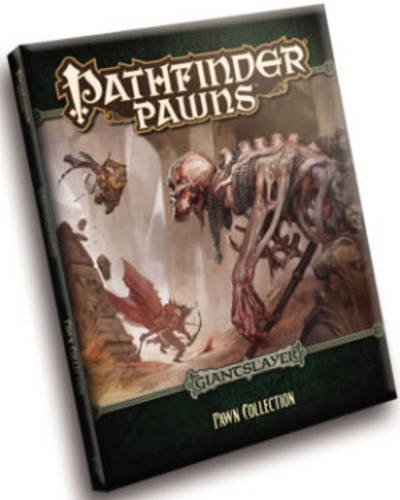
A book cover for Pathfinder Pawns: Giantslayer Pawn Collection; Rob McCreary; Science Fiction & Fantasy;